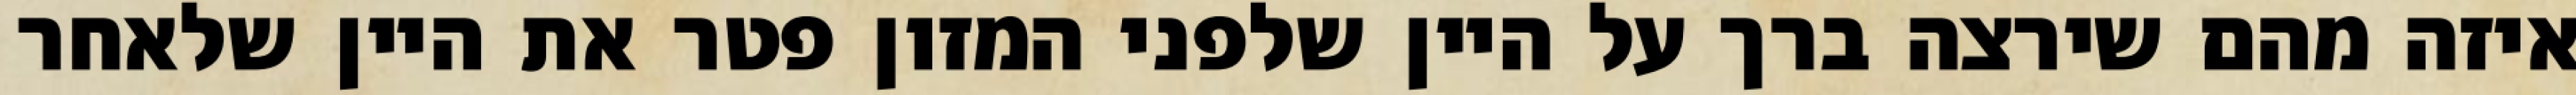
איזה מהם שירצה ברך על היין שלפני המזון פטר את היין שלאחר